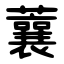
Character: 蘘